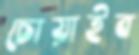
চোয়াইব